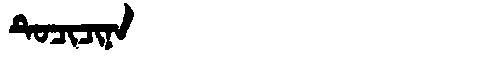
Manchu: ᡨᡠᠴᡳᠴᡳᠨᠠ
Romanization: TUCICINA